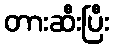
တားဆီးပြီး